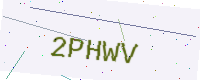
Text: 2PHWV